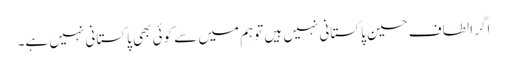
اگر الطاف حسین پاکستانی نہیں ہیں توہم میں سے کوئی بھی پاکستانی نہیں ہے۔